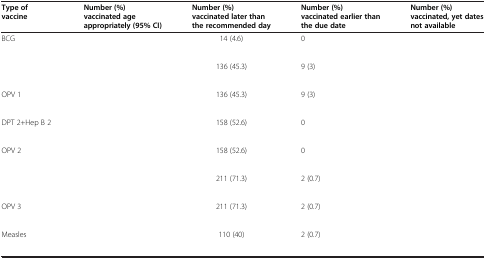
<table><thead><tr><td><b>Type of vaccine</b></td><td><b>Number (%) vaccinated age appropriately (95% CI)</b></td><td><b>Number (%) vaccinated later than the recommended day</b></td><td><b>Number (%) vaccinated earlier than the due date</b></td><td><b>Number (%) vaccinated, yet dates not available</b></td></tr></thead><tbody><tr><td>BCG</td><td>[EMPTY_CELL]</td><td>14 (4.6)</td><td>0</td><td>[EMPTY_CELL]</td></tr><tr><td>[EMPTY_CELL]</td><td>[EMPTY_CELL]</td><td>[EMPTY_CELL]</td><td>[EMPTY_CELL]</td><td>[EMPTY_CELL]</td></tr><tr><td>[EMPTY_CELL]</td><td>[EMPTY_CELL]</td><td>136 (45.3)</td><td>9 (3)</td><td>[EMPTY_CELL]</td></tr><tr><td>[EMPTY_CELL]</td><td>[EMPTY_CELL]</td><td>[EMPTY_CELL]</td><td>[EMPTY_CELL]</td><td>[EMPTY_CELL]</td></tr><tr><td>OPV 1</td><td>[EMPTY_CELL]</td><td>136 (45.3)</td><td>9 (3)</td><td>[EMPTY_CELL]</td></tr><tr><td>[EMPTY_CELL]</td><td>[EMPTY_CELL]</td><td>[EMPTY_CELL]</td><td>[EMPTY_CELL]</td><td>[EMPTY_CELL]</td></tr><tr><td>DPT 2+Hep B 2</td><td>[EMPTY_CELL]</td><td>158 (52.6)</td><td>0</td><td>[EMPTY_CELL]</td></tr><tr><td>[EMPTY_CELL]</td><td>[EMPTY_CELL]</td><td>[EMPTY_CELL]</td><td>[EMPTY_CELL]</td><td>[EMPTY_CELL]</td></tr><tr><td>OPV 2</td><td>[EMPTY_CELL]</td><td>158 (52.6)</td><td>0</td><td>[EMPTY_CELL]</td></tr><tr><td>[EMPTY_CELL]</td><td>[EMPTY_CELL]</td><td>[EMPTY_CELL]</td><td>[EMPTY_CELL]</td><td>[EMPTY_CELL]</td></tr><tr><td>[EMPTY_CELL]</td><td>[EMPTY_CELL]</td><td>211 (71.3)</td><td>2 (0.7)</td><td>[EMPTY_CELL]</td></tr><tr><td>[EMPTY_CELL]</td><td>[EMPTY_CELL]</td><td>[EMPTY_CELL]</td><td>[EMPTY_CELL]</td><td>[EMPTY_CELL]</td></tr><tr><td>OPV 3</td><td>[EMPTY_CELL]</td><td>211 (71.3)</td><td>2 (0.7)</td><td>[EMPTY_CELL]</td></tr><tr><td>[EMPTY_CELL]</td><td>[EMPTY_CELL]</td><td>[EMPTY_CELL]</td><td>[EMPTY_CELL]</td><td>[EMPTY_CELL]</td></tr><tr><td>Measles</td><td>[EMPTY_CELL]</td><td>110 (40)</td><td>2 (0.7)</td><td>[EMPTY_CELL]</td></tr><tr><td>[EMPTY_CELL]</td><td>[EMPTY_CELL]</td><td>[EMPTY_CELL]</td><td>[EMPTY_CELL]</td><td>[EMPTY_CELL]</td></tr></tbody></table>